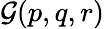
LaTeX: {\mathcal{G}}(p,q,r)